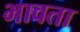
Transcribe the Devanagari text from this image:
भावता